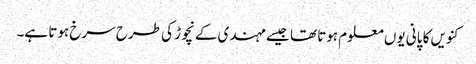
کنویں کا پانی یوں معلوم ہوتا تھا جیسے مہندی کے نچوڑ کی طرح سرخ ہوتا ہے۔